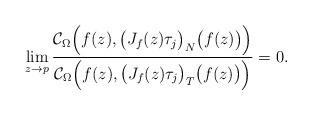
LaTeX: \begin{align*} \lim_{z\rightarrow p}\frac{\mathcal{C}_{\Omega}\Big(f(z), \big(J_f(z)\tau_j\big)_N\big(f(z)\big)\Big)}{\mathcal{C}_{\Omega}\Big(f(z), \big(J_f(z)\tau_j\big)_T\big(f(z)\big)\Big)}=0. \end{align*}